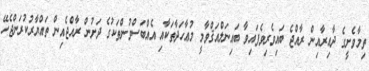
ތިމާވެށީގެ ދާއިރާއިން ރާއްޖެ ބައިވެރިވެފައިވާ ބައިނަލްއަޤްވާމީ މުޢާހަދާތަކާއި އެއްބަސްވުންތަކުގެ ދަށުން ރާއްޖެއިން ތައްޔާރުކުރަންޖެހޭ